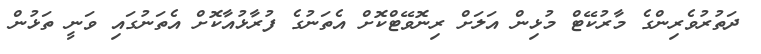
ދަތުރުވެރިންގެ މާރުކޭޓް މުޅިން އަލަށް ރިނޮވޭޓްކޮށް އެތަނުގެ ފުރާޅުއާކޮށް އެތަނުގައި ވަނީ ތަޅުން